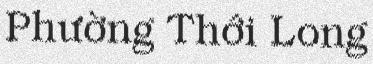
Phường Thới Long